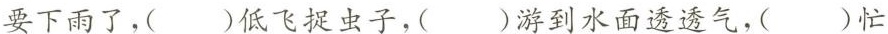
要下雨了，()低飞捉虫子，()游到水面透透气，()忙